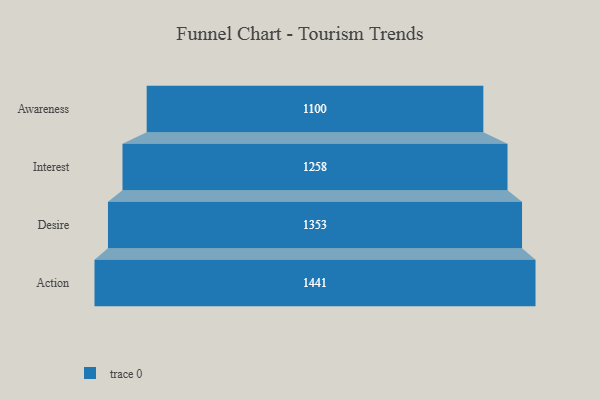
{"axis": {"x": "Stage", "y": "Value"}, "legend": [""], "data": [{"x": "Awareness", "y": 1100.0, "type": ""}, {"x": "Interest", "y": 1258.0, "type": ""}, {"x": "Desire", "y": 1353.0, "type": ""}, {"x": "Action", "y": 1441.0, "type": ""}]}